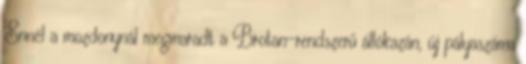
Ennél a mozdonynál megmaradt a Brotan-rendszerű állókazán, új pályaszáma